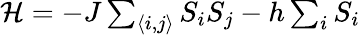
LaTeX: \begin{array}{r}{{\cal H}=-J\sum_{\langle i,j\rangle}S_{i}S_{j}-h\sum_{i}S_{i}}\end{array}